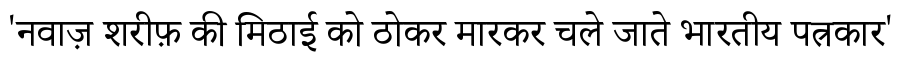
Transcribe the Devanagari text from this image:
'नवाज़ शरीफ़ की मिठाई को ठोकर मारकर चले जाते भारतीय पत्रकार'